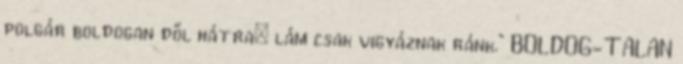
polgár boldogan dől hátra: lám csak vigyáznak ránk." BOLDOG-TALAN